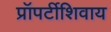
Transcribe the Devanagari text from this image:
प्रॉपर्टीशिवाय